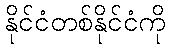
နိုင်ငံတစ်နိုင်ငံကို